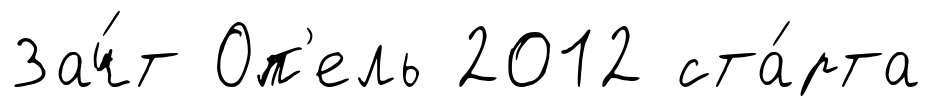
Зач́т Оп'ель 2012 ста́рта